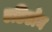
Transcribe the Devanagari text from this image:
एडिटोन